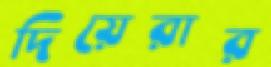
দিয়েরার